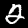
Digit: 2